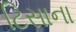
ટિસાના